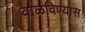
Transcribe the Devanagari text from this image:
वाळविण्यास